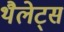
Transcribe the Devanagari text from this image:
थैलेट्स